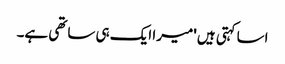
اسا کہتی ہیں 'میرا ایک ہی ساتھی ہے۔